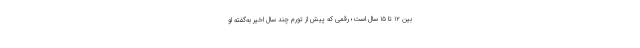
بین ۱۲ تا ۱۵ سال است؛ رقمی که پیش از تورم‌ چند سال اخیر به‌گفته او